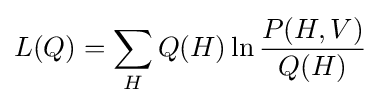
L(Q)=\sum _{H}Q(H)\ln {\frac {P(H,V)}{Q(H)}}